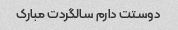
دوستت دارم سالگردت مبارک